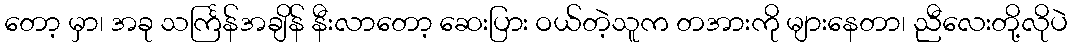
တော့ မှာ၊ အခု သင်္ကြန်အချိန် နီးလာတော့ ဆေးပြား ဝယ်တဲ့သူက တအားကို များနေတာ၊ ညီလေးတို့လိုပဲ